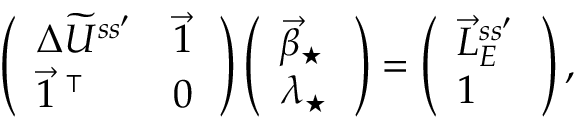
\begin{array} { r } { \left( \begin{array} { l l } { \Delta \widetilde U ^ { s s ^ { \prime } } } & { \vec { 1 } \, { } } \\ { \vec { 1 } \, { } ^ { \intercal } } & { 0 \, { } } \end{array} \right) \left( \begin{array} { l } { \vec { \beta } _ { \star } \, { } } \\ { \lambda _ { \star } \, { } } \end{array} \right) = \left( \begin{array} { l } { \vec { L } _ { E } ^ { s s ^ { \prime } } \, { } } \\ { 1 } \end{array} \right) , } \end{array}